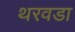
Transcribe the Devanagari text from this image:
थरवडा